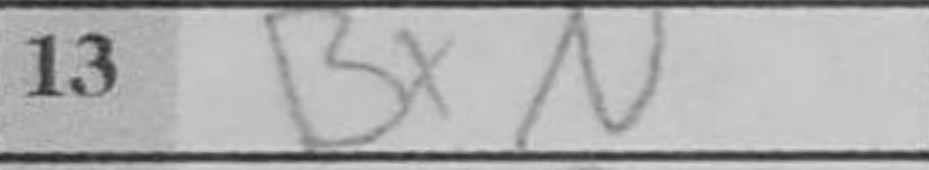
Transcription: BxN